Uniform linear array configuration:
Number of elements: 24
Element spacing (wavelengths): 1
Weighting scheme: kaiser
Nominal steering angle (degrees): -45
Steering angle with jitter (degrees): -43.234
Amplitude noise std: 0.05
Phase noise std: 0.05

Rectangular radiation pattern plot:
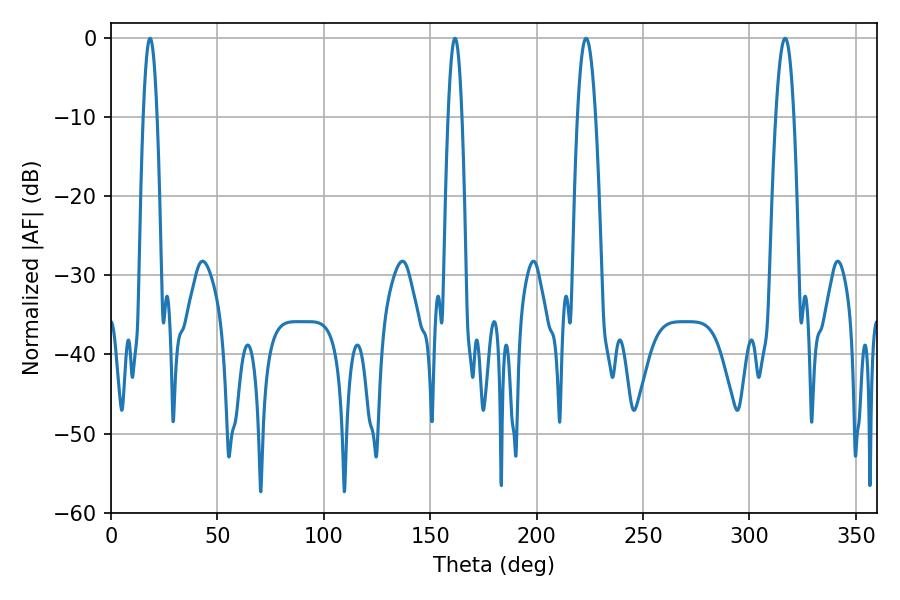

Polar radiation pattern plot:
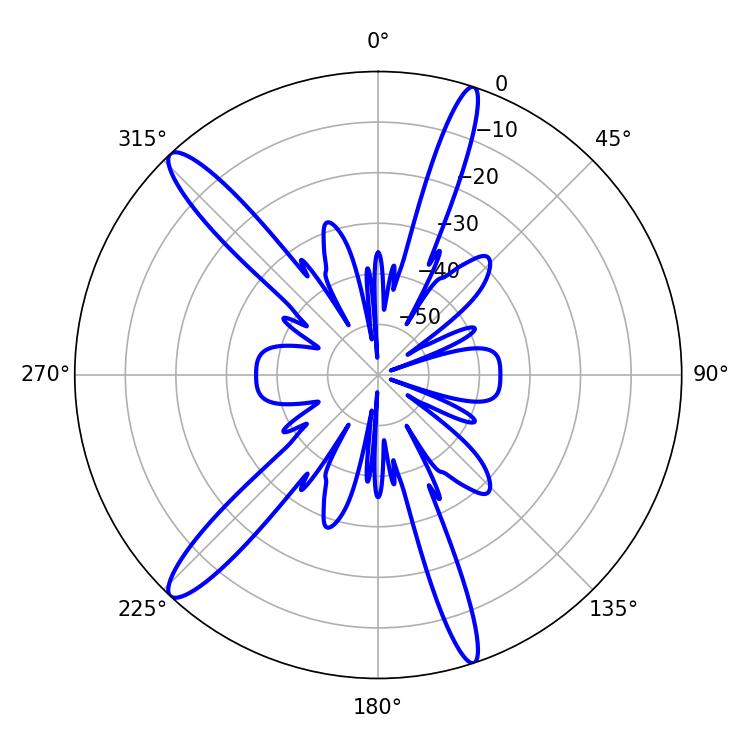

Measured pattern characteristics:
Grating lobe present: TRUE
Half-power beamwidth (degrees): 3.6
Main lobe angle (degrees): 161.64